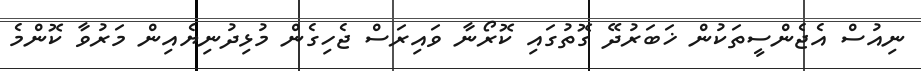
ނިއުސް އެޖެންސީތަކުން ޚަބަރުދޭ ގޮތުގައި ކޮރޯނާ ވައިރަސް ޖެހިގެން މުޅިދުނިޔެއިން މަރުވާ ކޮންމެ